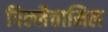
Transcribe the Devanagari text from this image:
पिल्लैत्तामिल